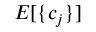
E [ \{ c _ { j } \} ]